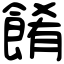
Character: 餚